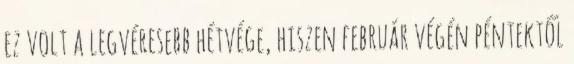
ez volt a legvéresebb hétvége, hiszen február végén péntektől